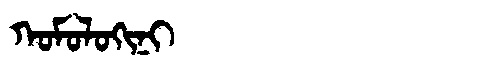
Manchu: ᡴᠣᠮᠣᠯᠣᡴᡳᠨᡳ
Romanization: KOMOLOKINI